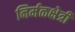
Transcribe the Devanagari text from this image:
निर्मळक्षेत्री